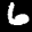
Label: 6